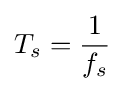
T_{s}={1 \over f_{s}}